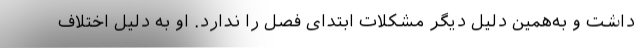
داشت و به‌همین دلیل دیگر مشکلات ابتدای فصل را ندارد. او به دلیل اختلاف